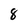
Character: 8